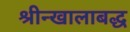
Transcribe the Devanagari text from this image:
श्रीन्खालाबद्ध